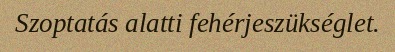
Szoptatás alatti fehérjeszükséglet.